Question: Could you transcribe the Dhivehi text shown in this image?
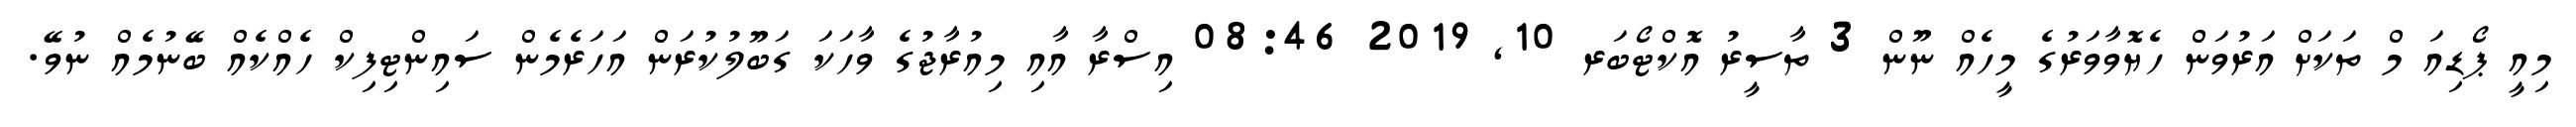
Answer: މިއީ ޕޯޑިއަ މް ތަކަށް އަރުވަން ހެޔޮވާވަރުގެ މީހެއް ނޫން 3 ތާސީރު އޮކްޓޯބަރ 10, 2019 08:46 އިސްރާ އާއި މިއުރާޖުގެ ވާހަކަ ގަބޫލުކުރަން އަހަރެމެން ސައިންޓިފިކް ހެއްކެއް ބޭނުމެއް ނުވޭ.